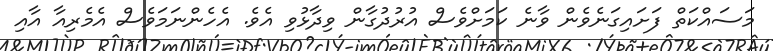
މަސައްކަތް ފަށައިގަނެވެން ވާނެ ކަމަށްވެސް އުރުދުގާން ވިދާޅުވި އެވެ. އެހެންނަމަވެސް އެމެރިއާ އާއި